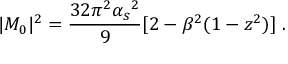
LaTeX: | M _ { 0 } | ^ { 2 } = \frac { 3 2 \pi ^ { 2 } { \alpha _ { s } } ^ { 2 } } { 9 } [ 2 - \beta ^ { 2 } ( 1 - z ^ { 2 } ) ] \; .